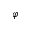
\varphi